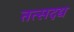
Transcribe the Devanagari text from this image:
तत्सदद्य